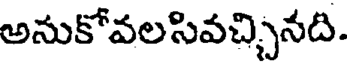
అనుకోవలసివచ్చినది.